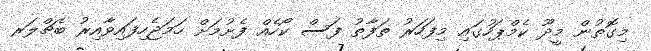
މިގޮތުން މީދޫ ކެމްޕަހުގައި މިފަހަރު ތަފާތު ފަސް ކޯހެއް ފެށުމަށް ހަމަޖެހިފައިވާއިރު ބެޗްލަރ